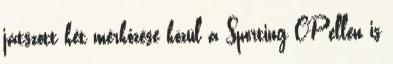
játszott két mérkőzése közül a Sporting CP ellen is